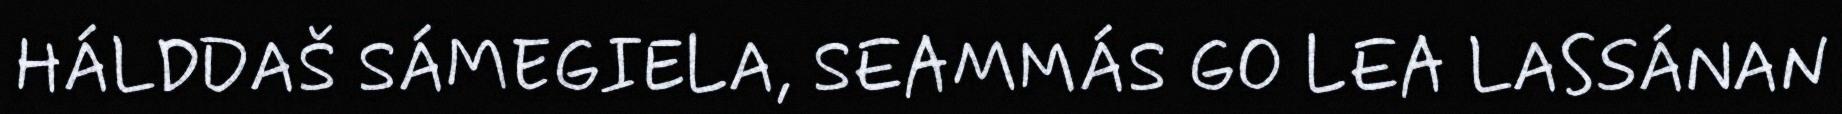
HÁLDDAŠ SÁMEGIELA, SEAMMÁS GO LEA LASSÁNAN